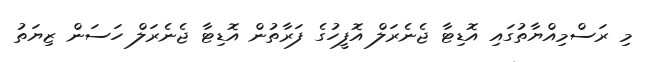
މި ރަސްމިއްޔާތުގައި އޮޑިޓާ ޖެނެރަލް އޮފީހުގެ ފަރާތުން އޮޑިޓާ ޖެނެރަލް ހަސަން ޒިޔަތު